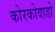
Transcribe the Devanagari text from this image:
कोरकोवाडो